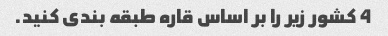
4 کشور زیر را بر اساس قاره طبقه بندی کنید.